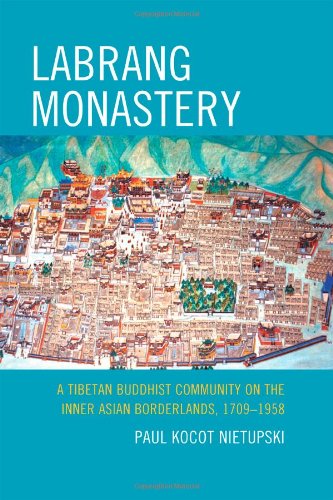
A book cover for Labrang Monastery: A Tibetan Buddhist Community on the Inner Asian Borderlands, 1709-1958 (Studies in Modern Tibetan Culture); Paul Kocot Nietupski; Christian Books & Bibles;